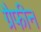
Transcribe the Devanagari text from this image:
ग्रैफीन